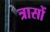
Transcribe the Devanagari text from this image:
त्रासों